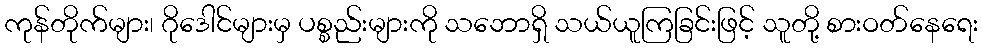
ကုန်တိုက်များ၊ ဂိုဒေါင်များမှ ပစ္စည်းများကို သဘောရှိ သယ်ယူကြခြင်းဖြင့် သူတို့ စားဝတ်နေရေး